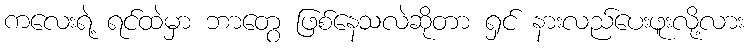
ကလေးရဲ့ ရင်ထဲမှာ ဘာတွေ ဖြစ်နေသလဲဆိုတာ ရှင် နားလည်ပေးဖူးလို့လား